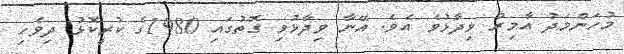
މުހަންމަދު އާމިރު ވިދާޅުވެ އެވެ. އޭނާ ވިދާޅުވި ގޮތުގައި 1980ގެ ކުރީކޮޅު ދިވެހި